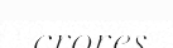
crores